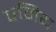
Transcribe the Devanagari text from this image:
पनिय